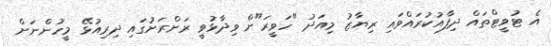
އެ ޓުވީޓްތައް ދިފާއުކުރައްވައި ރިޔާޒު މިއަދު "ހަވީރަ"ށް ވިދާޅުވީ ރަށްރަށުގައި ދިރިއުޅޭ މީހުންނަށް